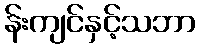
န်းကျင်နှင့်သဘာ